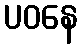
ပဝနေ